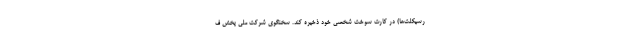
رسیکلت‌ها) در کارت سوخت شخصی خود ذخیره کند. سخنگوی شرکت ملی پخش ف